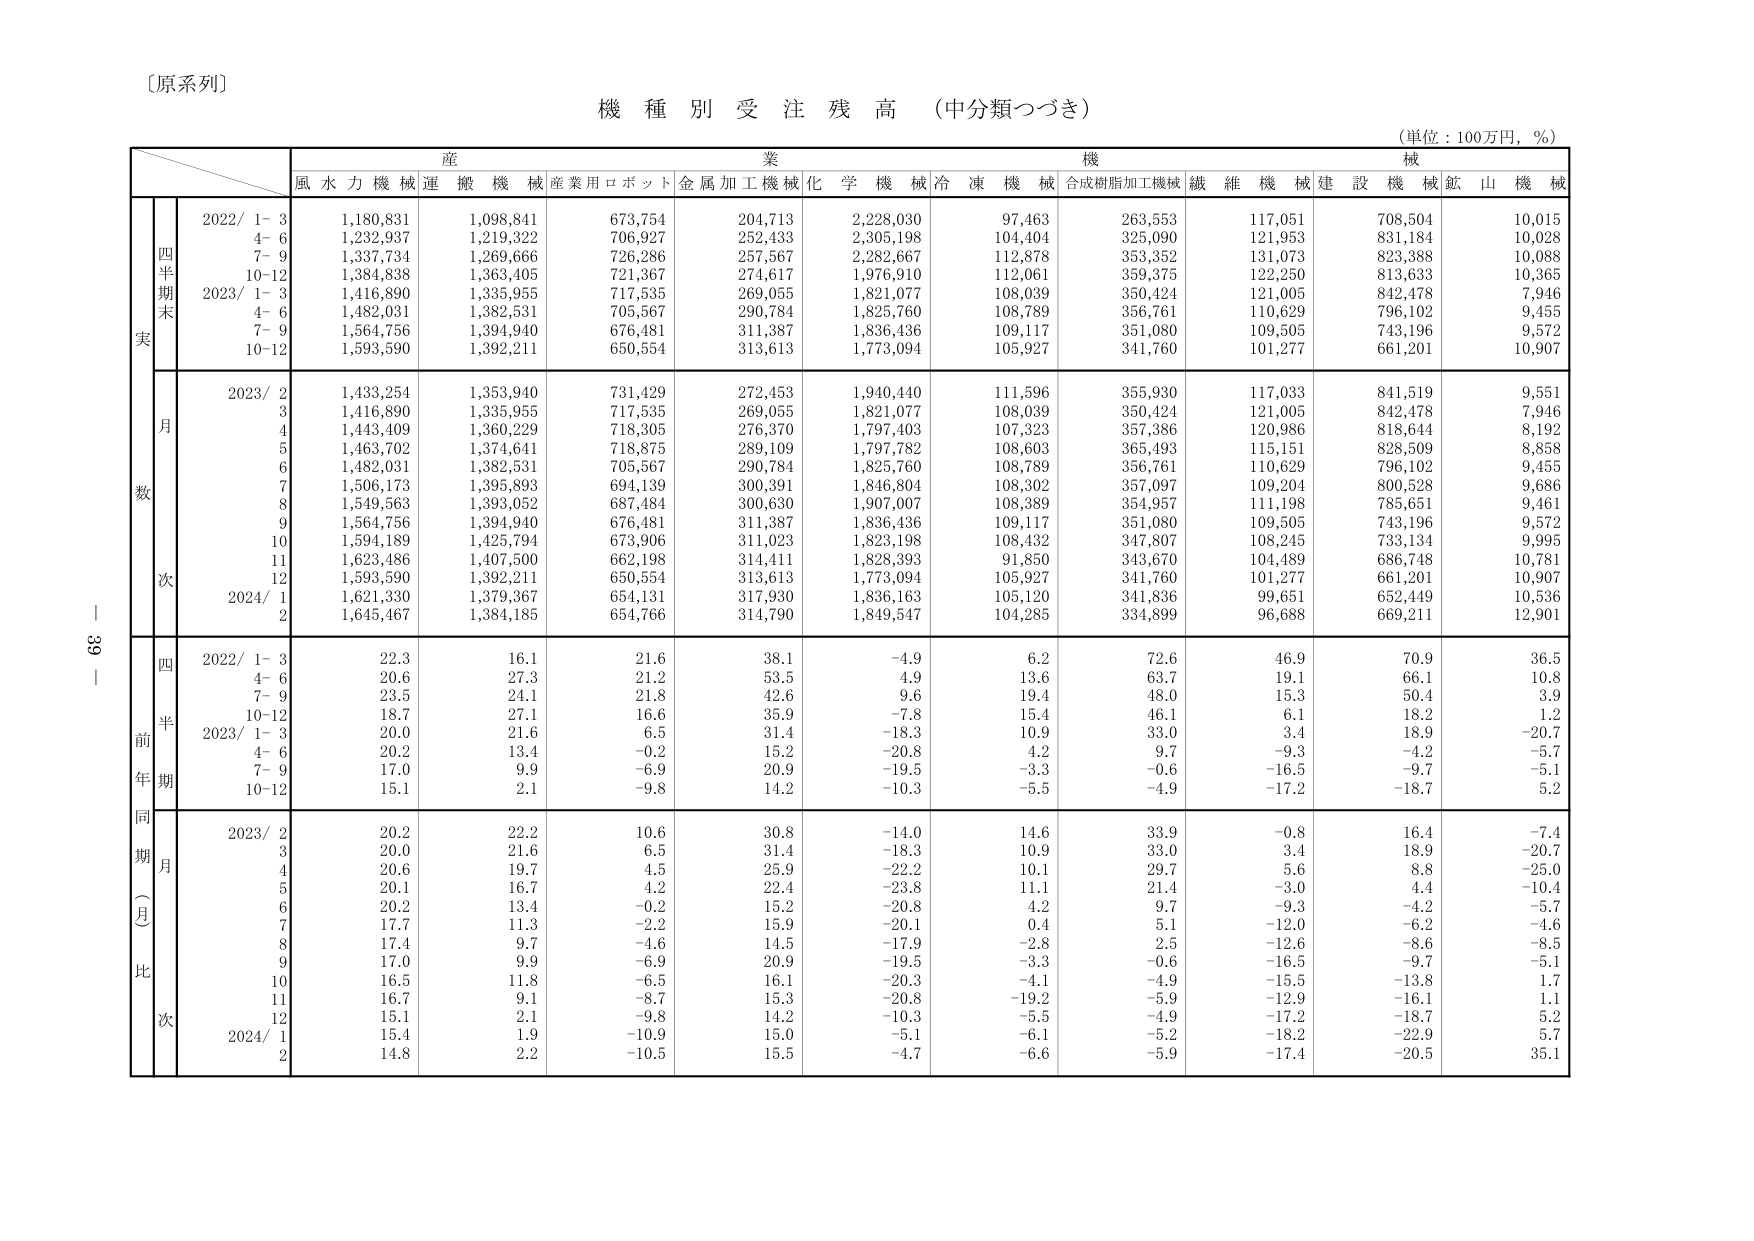
〔原系列〕
機種別受注残高（中分類つづき）
（単位：100万円，％）

産業機械
風水力機械 運搬機械 産業用ロボット 金属加工機械 化学機械 冷凍機械 合成樹脂加工機械 繊維機械 建設機械 鉱山機械

四半期末実数
2022/ 1-3 1,180,831 1,098,841 673,754 204,713 2,228,030 97,463 263,553 117,051 708,504 10,015
4-6 1,232,937 1,219,322 706,927 252,433 2,305,198 104,404 325,090 121,953 831,184 10,028
7-9 1,337,734 1,269,666 726,286 257,567 2,282,667 112,878 353,352 131,073 823,388 10,088
10-12 1,384,838 1,363,405 721,367 274,617 1,976,910 112,061 359,375 122,250 813,633 10,365
2023/ 1-3 1,416,890 1,335,955 717,535 269,055 1,821,077 108,039 350,424 121,005 842,478 7,946
4-6 1,482,031 1,382,531 705,567 290,784 1,825,760 108,789 356,761 110,629 796,102 9,455
7-9 1,564,756 1,394,940 676,481 311,387 1,836,436 109,117 351,080 109,505 743,196 9,572
10-12 1,593,590 1,392,211 650,554 313,613 1,773,094 105,927 341,760 101,277 661,201 10,907

月次
2023/ 2 1,433,254 1,353,940 731,429 272,453 1,940,440 111,596 355,930 117,033 841,519 9,551
3 1,416,890 1,335,955 717,535 269,055 1,821,077 108,039 350,424 121,005 842,478 7,946
4 1,443,409 1,360,229 718,305 276,370 1,797,403 107,323 357,386 120,986 818,644 8,192
5 1,463,702 1,374,641 718,875 289,109 1,797,782 108,603 365,493 115,151 828,509 8,858
6 1,482,031 1,382,531 705,567 290,784 1,825,760 108,789 356,761 110,629 796,102 9,455
7 1,506,173 1,395,893 694,139 300,391 1,846,804 108,302 357,097 109,204 800,528 9,686
8 1,549,563 1,393,052 687,484 300,630 1,907,007 108,389 354,957 111,198 785,651 9,461
9 1,564,756 1,394,940 676,481 311,387 1,836,436 109,117 351,080 109,505 743,196 9,572
10 1,594,189 1,425,794 673,906 311,023 1,823,198 108,432 347,807 108,245 733,134 9,995
11 1,623,486 1,407,500 662,198 314,411 1,828,393 91,850 343,670 104,489 686,748 10,781
12 1,593,590 1,392,211 650,554 313,613 1,773,094 105,927 341,760 101,277 661,201 10,907
2024/ 1 1,621,330 1,379,367 654,131 317,930 1,836,163 105,120 341,836 99,651 652,449 10,536
2 1,645,467 1,384,185 654,766 314,790 1,849,547 104,285 334,899 96,688 669,211 12,901

前年同期（月比）
四半期
2022/ 1-3 22.3 16.1 21.6 38.1 -4.9 6.2 72.6 46.9 70.9 36.5
4-6 20.6 27.3 21.2 53.5 4.9 13.6 63.7 19.1 66.1 10.8
7-9 23.5 24.1 21.8 42.6 9.6 19.4 48.0 15.3 50.4 3.9
10-12 18.7 27.1 16.6 35.9 -7.8 15.4 46.1 6.1 18.2 1.2
2023/ 1-3 20.0 21.6 6.5 31.4 -18.3 10.9 33.0 3.4 18.9 -20.7
4-6 20.2 13.4 -0.2 15.2 -20.8 4.2 9.7 -9.3 -4.2 -5.7
7-9 17.0 9.9 -6.9 20.9 -19.5 -3.3 -0.6 -16.5 -9.7 -5.1
10-12 15.1 2.1 -9.8 14.2 -10.3 -5.5 -4.9 -17.2 -18.7 5.2

月次
2023/ 2 20.2 22.2 10.6 30.8 -14.0 14.6 33.9 -0.8 16.4 -7.4
3 20.0 21.6 6.5 31.4 -18.3 10.9 33.0 3.4 18.9 -20.7
4 20.6 19.7 4.5 25.9 -22.2 10.1 29.7 5.6 8.8 -25.0
5 20.1 16.7 4.2 22.4 -23.8 11.1 21.4 -3.0 4.4 -10.4
6 20.2 13.4 -0.2 15.2 -20.8 4.2 9.7 -9.3 -4.2 -5.7
7 17.7 11.3 -2.2 15.9 -20.1 0.4 5.1 -12.0 -6.2 -4.6
8 17.4 9.7 -4.6 14.5 -17.9 -2.8 2.5 -12.6 -8.6 -8.5
9 17.0 9.9 -6.9 20.9 -19.5 -3.3 -0.6 -16.5 -9.7 -5.1
10 16.5 11.8 -6.5 16.1 -20.3 -4.1 -4.9 -15.5 -13.8 1.7
11 16.7 9.1 -8.7 15.3 -20.8 -19.2 -5.9 -12.9 -16.1 1.1
12 15.1 2.1 -9.8 14.2 -10.3 -5.5 -4.9 -17.2 -18.7 5.2
2024/ 1 15.4 1.9 -10.9 15.0 -5.1 -6.1 -5.2 -18.2 -22.9 5.7
2 14.8 2.2 -10.5 15.5 -4.7 -6.6 -5.9 -17.4 -20.5 35.1

39